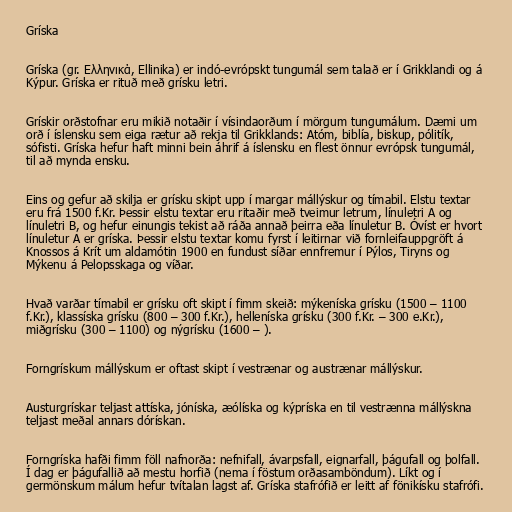
Gríska

Gríska (gr. Ελληνικά, Ellinika) er indó-evrópskt tungumál sem talað er í Grikklandi og á
Kýpur. Gríska er rituð með grísku letri.

Grískir orðstofnar eru mikið notaðir í vísindaorðum í mörgum tungumálum. Dæmi um
orð í íslensku sem eiga rætur að rekja til Grikklands: Atóm, biblía, biskup, pólitík,
sófisti. Gríska hefur haft minni bein áhrif á íslensku en flest önnur evrópsk tungumál,
til að mynda ensku.

Eins og gefur að skilja er grísku skipt upp í margar mállýskur og tímabil. Elstu textar
eru frá 1500 f.Kr. Þessir elstu textar eru ritaðir með tveimur letrum, línuletri A og
línuletri B, og hefur einungis tekist að ráða annað þeirra eða línuletur B. Óvíst er hvort
línuletur A er gríska. Þessir elstu textar komu fyrst í leitirnar við fornleifauppgröft á
Knossos á Krít um aldamótin 1900 en fundust síðar ennfremur í Pýlos, Tiryns og
Mýkenu á Pelopsskaga og víðar.

Hvað varðar tímabil er grísku oft skipt í fimm skeið: mýkeníska grísku (1500 – 1100
f.Kr.), klassíska grísku (800 – 300 f.Kr.), helleníska grísku (300 f.Kr. – 300 e.Kr.),
miðgrísku (300 – 1100) og nýgrísku (1600 – ).

Forngrískum mállýskum er oftast skipt í vestrænar og austrænar mállýskur.

Austurgrískar teljast attíska, jóníska, æólíska og kýpríska en til vestrænna mállýskna
teljast meðal annars dórískan.

Forngríska hafði fimm föll nafnorða: nefnifall, ávarpsfall, eignarfall, þágufall og þolfall.
Í dag er þágufallið að mestu horfið (nema í föstum orðasamböndum). Líkt og í
germönskum málum hefur tvítalan lagst af. Gríska stafrófið er leitt af fönikísku stafrófi.